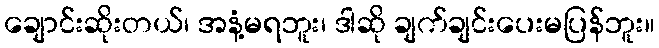
ချောင်းဆိုးတယ်၊ အနံ့မရဘူး၊ ဒါဆို ချက်ချင်းပေးမပြန်ဘူး။